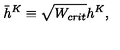
\bar { h } ^ { K } \equiv \sqrt { W _ { c r i t } } h ^ { K } ,